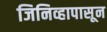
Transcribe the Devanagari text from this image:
जिनिव्हापासून